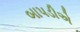
બાપડીએ